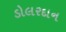
ડોલરદાન